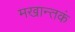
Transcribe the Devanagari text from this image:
मखान्तकं